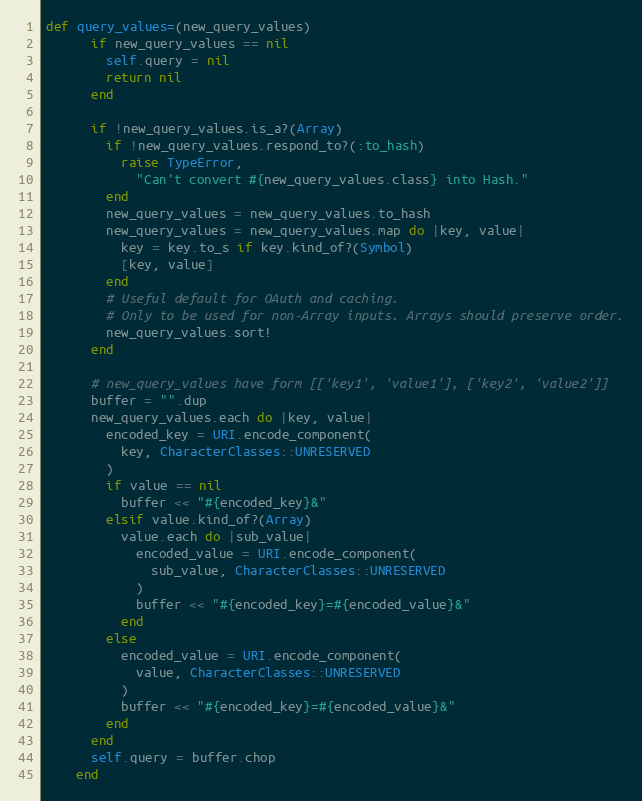
Language: Ruby
def query_values=(new_query_values)
      if new_query_values == nil
        self.query = nil
        return nil
      end

      if !new_query_values.is_a?(Array)
        if !new_query_values.respond_to?(:to_hash)
          raise TypeError,
            "Can't convert #{new_query_values.class} into Hash."
        end
        new_query_values = new_query_values.to_hash
        new_query_values = new_query_values.map do |key, value|
          key = key.to_s if key.kind_of?(Symbol)
          [key, value]
        end
        # Useful default for OAuth and caching.
        # Only to be used for non-Array inputs. Arrays should preserve order.
        new_query_values.sort!
      end

      # new_query_values have form [['key1', 'value1'], ['key2', 'value2']]
      buffer = "".dup
      new_query_values.each do |key, value|
        encoded_key = URI.encode_component(
          key, CharacterClasses::UNRESERVED
        )
        if value == nil
          buffer << "#{encoded_key}&"
        elsif value.kind_of?(Array)
          value.each do |sub_value|
            encoded_value = URI.encode_component(
              sub_value, CharacterClasses::UNRESERVED
            )
            buffer << "#{encoded_key}=#{encoded_value}&"
          end
        else
          encoded_value = URI.encode_component(
            value, CharacterClasses::UNRESERVED
          )
          buffer << "#{encoded_key}=#{encoded_value}&"
        end
      end
      self.query = buffer.chop
    end